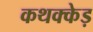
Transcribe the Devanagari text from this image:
कथक्केड़